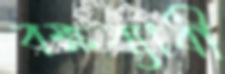
বক্ষব্যাধী